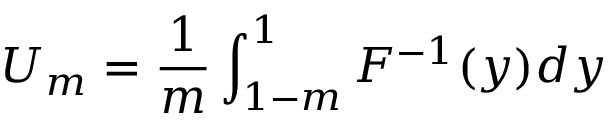
U _ { m } = \frac { 1 } { m } \int _ { 1 - m } ^ { 1 } F ^ { - 1 } ( y ) d y